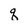
Character: q